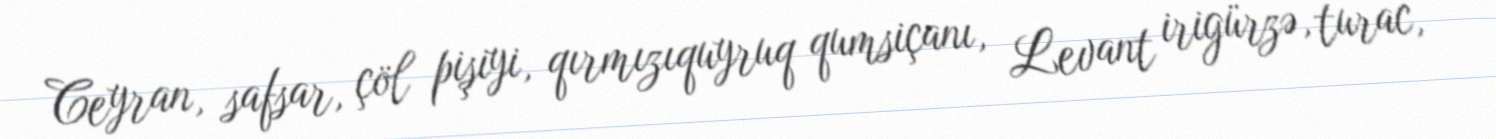
Ceyran, safsar, çöl pişiyi, qırmızıquyruq qumsiçanı, Levant irigürzə, turac,